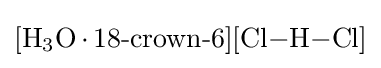
{[\mathrm {H} {\vphantom {A}}_{\smash[{t}]{3}}\mathrm {O} \,{\cdot }\,18{\text{-}}\mathrm {crown} {\text{-}}6][\mathrm {Cl} {-}\mathrm {H} {-}\mathrm {Cl} ]}